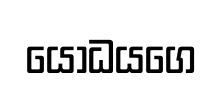
යෝධයගෙ